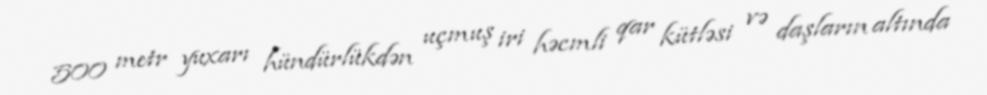
500 metr yuxarı hündürlükdən uçmuş iri həcmli qar kütləsi və daşların altında